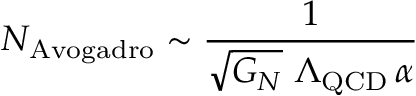
N _ { \mathrm { A v o g a d r o } } \sim { \frac { 1 } { \sqrt { G _ { N } } \ \Lambda _ { \mathrm { Q C D } } \, \alpha } }